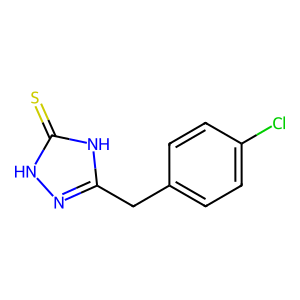
SMILES: S=c1[nH]nc(Cc2ccc(Cl)cc2)[nH]1
Inhibits HIV replication: No